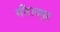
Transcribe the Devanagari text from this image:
मीरानपुर